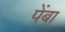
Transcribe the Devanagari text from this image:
पेंबा